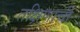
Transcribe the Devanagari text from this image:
तक्षिणाची